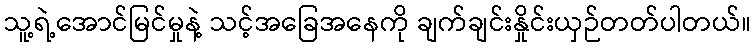
သူ့ရဲ့အောင်မြင်မှုနဲ့ သင့်အခြေအနေကို ချက်ချင်းနှိုင်းယှဉ်တတ်ပါတယ်။